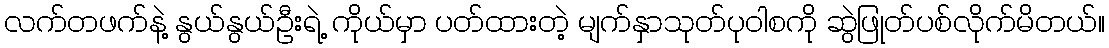
လက်တဖက်နဲ့ နွယ်နွယ်ဦးရဲ့ ကိုယ်မှာ ပတ်ထားတဲ့ မျက်နှာသုတ်ပုဝါစကို ဆွဲဖြုတ်ပစ်လိုက်မိတယ်။